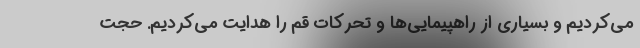
می‌کردیم و بسیاری از راهپیمایی‌ها و تحرکات قم را هدایت می‌کردیم. حجت